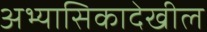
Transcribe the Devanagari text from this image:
अभ्यासिकादेखील